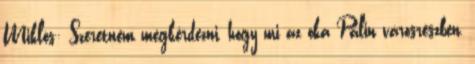
Miklós: Szeretném megkérdezni, hogy mi az oka Palin városrészben,